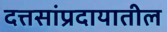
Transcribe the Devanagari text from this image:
दत्तसांप्रदायातील